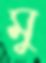
মু